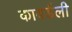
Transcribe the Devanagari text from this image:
कावर्डली